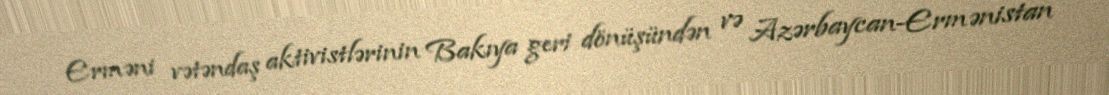
Erməni vətəndaş aktivistlərinin Bakıya geri dönüşündən və Azərbaycan-Ermənistan